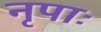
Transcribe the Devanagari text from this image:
नृपाः